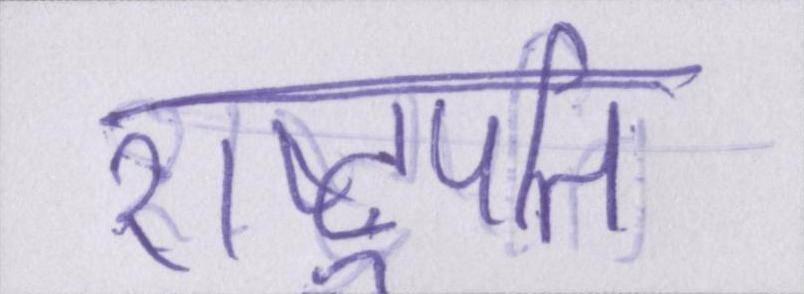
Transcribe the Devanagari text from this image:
राष्ट्रपति